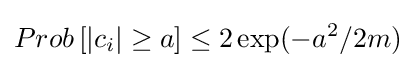
Prob\left[|c_{i}|\geq a\right]\leq 2\exp(-a^{2}/2m)